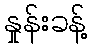
နှုန်းခန့်